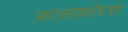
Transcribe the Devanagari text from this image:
फ़ासफ़ोरस